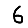
Digit: 6